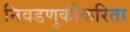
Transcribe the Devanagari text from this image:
निवडणुकीकरिता